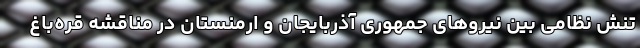
تنش نظامی بین نیروهای جمهوری آذربایجان و ارمنستان در مناقشه قره‌‌باغ